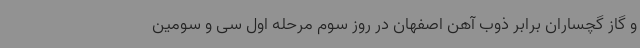
و گاز گچساران برابر ذوب آهن اصفهان در روز سوم مرحله اول سی و سومین